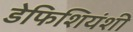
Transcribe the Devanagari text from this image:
डेफिशियंशी